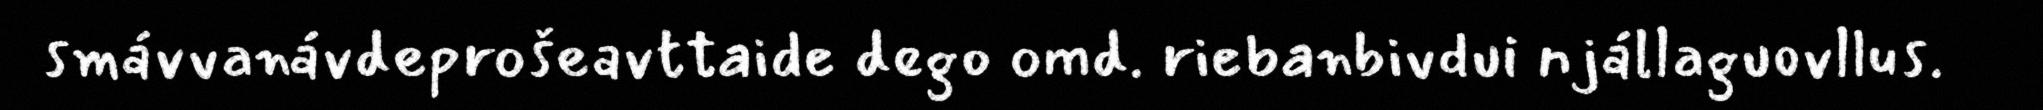
smávvanávdeprošeavttaide dego omd. riebanbivdui njállaguovllus.